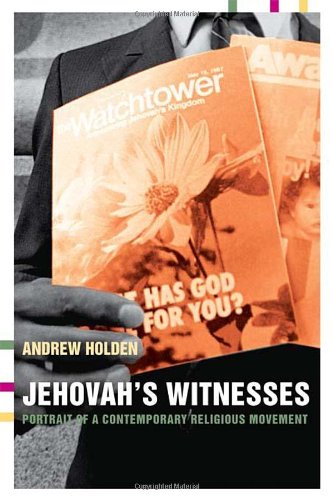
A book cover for Jehovah's Witnesses: Portrait of a Contemporary Religious Movement; Andrew Holden; Christian Books & Bibles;